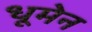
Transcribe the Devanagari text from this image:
धूमेन